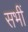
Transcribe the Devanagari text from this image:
सभीं